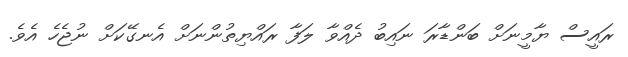
ރައީސް ޔާމީނަށް ބަންޑާރަ ނައިބު ދެއްވާ ލަފާ ރައްޔިތުންނަށް އެނގޭކަށް ނުޖެހެ އެވެ.